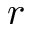
r